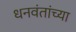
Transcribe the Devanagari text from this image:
धनवंतांच्या